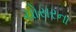
ચોસરના